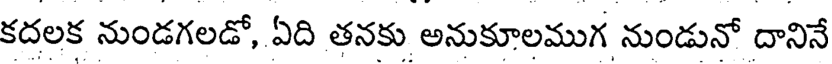
కదలక నుండగలడో, ఏది తనకు అనుకూలముగ నుండునో దానినే